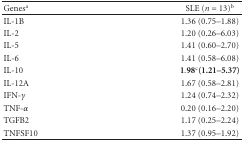
<table><thead><tr><td><b>Genes<sup>a</sup></b></td><td><b>SLE (<i>n</i> = 13)<sup>b</sup></b></td></tr></thead><tbody><tr><td>IL-1B</td><td>1.36 (0.75–1.88)</td></tr><tr><td>IL-2</td><td>1.20 (0.26–6.03)</td></tr><tr><td>IL-5</td><td>1.41 (0.60–2.70)</td></tr><tr><td>IL-6</td><td>1.41 (0.58–6.08)</td></tr><tr><td>IL-10</td><td>1.98<sup>c</sup><b>(1.21–5.37)</b></td></tr><tr><td>IL-12A</td><td>1.67 (0.58–2.81)</td></tr><tr><td>IFN-<i>γ</i></td><td>1.24 (0.74–2.32)</td></tr><tr><td>TNF-<i>α</i></td><td>0.20 (0.16–2.20)</td></tr><tr><td>TGFB2</td><td>1.17 (0.25–2.24)</td></tr><tr><td>TNFSF10</td><td>1.37 (0.95–1.92)</td></tr></tbody></table>